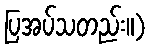
ပြအပ်သတည်း။)